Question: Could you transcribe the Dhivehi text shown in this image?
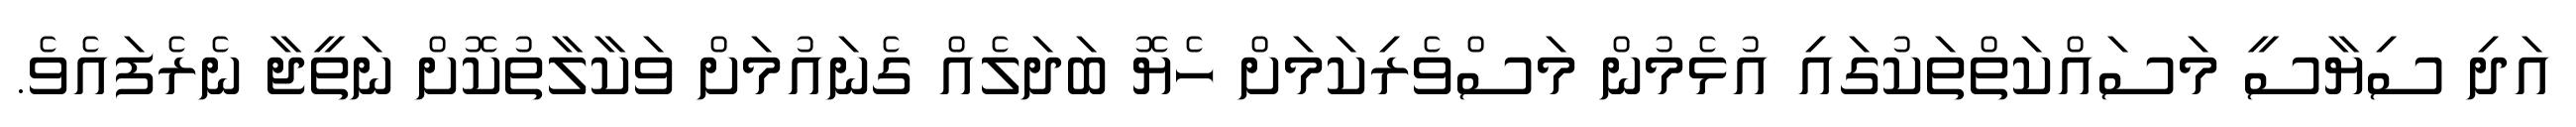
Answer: އަދި ސިޔާސީ މަސައްކަތްތަކުގައި އުޅެމުން މަސްވެރިކަމަށް ހެޔޮ ބަދަލެއް ގެނައުމަށް ވަކާލާތުކޮށް ނަތީޖާ ނެރެފައެވެ.